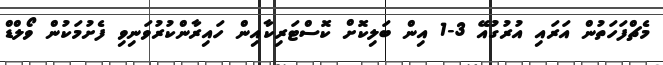
މެޗްފަހަތުން އަރައި އުރުގުއޭ 3-1 އިން ބަލިކޮށް ކޮސްޓަރިކާއިން ހައިރާންކުރުވަނިވި ފެށުމަކުން ވޯލްޑް